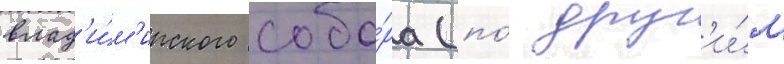
влад'и́м'ирского собо́ра (по́ друг'и́м